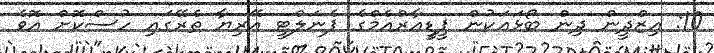
10: އިޒްދީން ދިން ބޯޅައަކުން ޕީޑީއާރްއެމްގެ ޕެނަލްޓީ އޭރިޔާ ތެރޭގައި ހުސްކޮށް އޮވެ